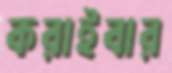
করাইবার